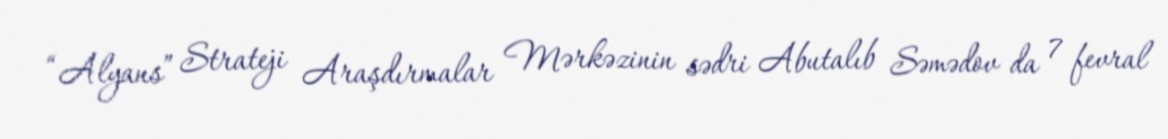
“Alyans” Strateji Araşdırmalar Mərkəzinin sədri Abutalıb Səmədov da 7 fevral